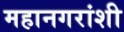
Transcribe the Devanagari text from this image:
महानगरांशी